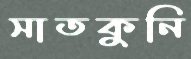
সাতকুনি